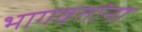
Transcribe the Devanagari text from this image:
भागवतांना